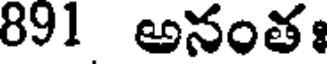
891 అనంతః